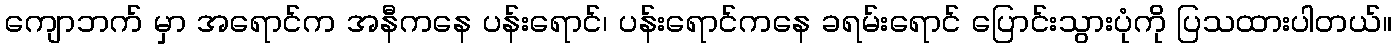
ကျောဘက် မှာ အရောင်က အနီကနေ ပန်းရောင်၊ ပန်းရောင်ကနေ ခရမ်းရောင် ပြောင်းသွားပုံကို ပြသထားပါတယ်။